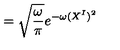
= \sqrt { \frac { \omega } { \pi } } e ^ { - \omega ( X ^ { I } ) ^ { 2 } }